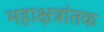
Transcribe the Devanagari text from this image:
महाक्षत्रांतक